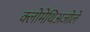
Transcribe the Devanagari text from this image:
क्लोमेथिअजोले